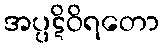
အပ္ပဋိဝိရတော